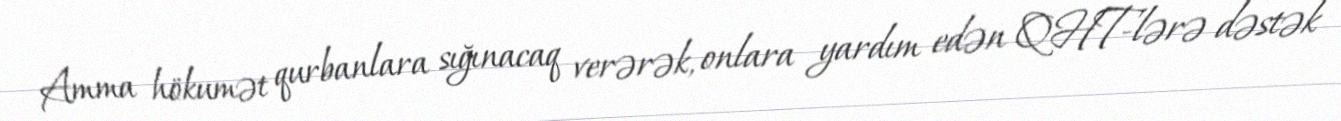
Amma hökumət qurbanlara sığınacaq verərək, onlara yardım edən QHT-lərə dəstək